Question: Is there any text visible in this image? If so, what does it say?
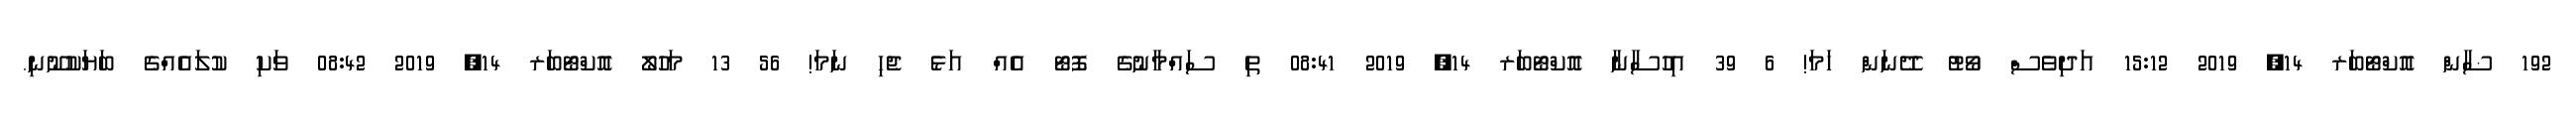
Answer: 192 ޟާން އޮކްޓޯބަރ 14, 2019 15:12 އަދިވެސް ވޯޓު ދޭނަން ހަމަ! 6 39 އިހުސާނާ އޮކްޓޯބަރ 14, 2019 08:41 ތި ސައްމާނުގެ ފޮޓޯ އެއް އަޅެ ޖެހި ނަމަ! 56 13 މަހުލޯ އޮކްޓޯބަރ 14, 2019 08:42 ވަކި ކުލައެއްގެ ބަޔަކުނޫނި.